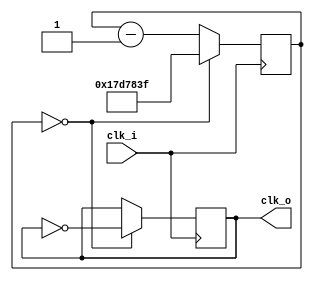
module clock_50_to_01 (clk_i, clk_o);
	input clk_i;
	output reg clk_o;
	reg [24:0] count;
	
initial begin
	count = 0;
	clk_o = 0;
end

always @(posedge clk_i) begin
	if (count == 0) begin
		count <= 25'd24999999;
		clk_o <= ~clk_o;
	end
	else begin
		count <= count - 1;
	end
end
endmodule